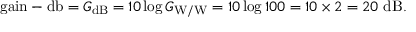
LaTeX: { \mathrm { g a i n - d b } } = G _ { \mathrm { d B } } = 1 0 \log G _ { \mathrm { W / W } } = 1 0 \log 1 0 0 = 1 0 \times 2 = 2 0 ~ { \mathrm { d B } } .